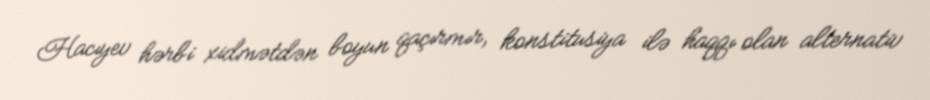
Hacıyev hərbi xidmətdən boyun qaçırmır, konstitusiya ilə haqqı olan alternativ